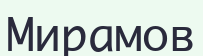
Мирамов